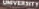
UNIVERSITY